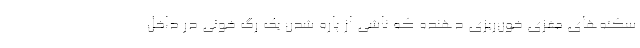
سکته‌های مغزی خون‌ریزی دهنده که ناشی از پاره شدن یک رگ خونی در داخل